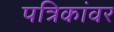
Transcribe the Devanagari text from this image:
पत्रिकांवर